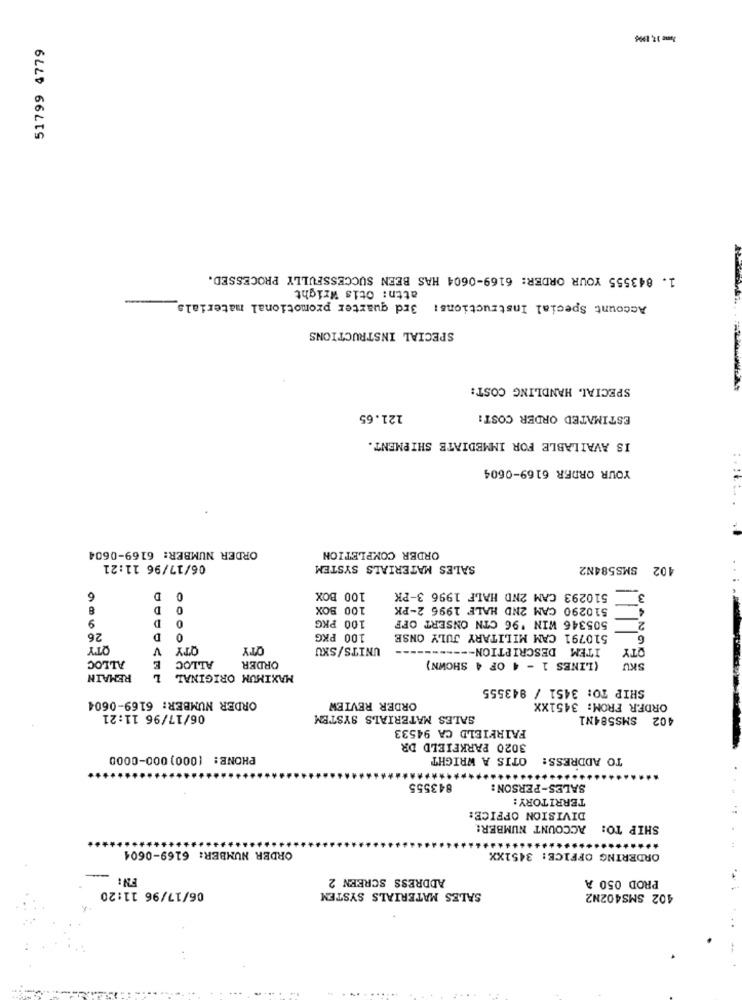
Jens 17, 1996
51799 4779
1. 843555 YOUR ORDER: 6169-0604 HAS BEEN SUCCESSFULLY PROCESSED.
attn: Otis Wright
-
Account Special Instructions: 3rd quarter promotional materials
SPECIAL INSTRUCTIONS
SPECIAL HANDLING COST:
121.65
ESTIMATED ORDER COST:
IS AVAILABLE FOR IMMEDIATE SHIPMENT.
YOUR ORDER 6169-0604
ORDER NUMBER: 6169-0604
ORDER COMPLETION
06/17/96 11:21
SALES MATERIALS SYSTEM
SMS584N2
6
D
0
100 BOX
510293 CAM 2ND HALF 1996 3-PK
3
8
D
100 BOX
510290 CAM 2ND HALF 1996 2-PK
9
D
100 PKG
505346 WIN '96 CTN ONSERT OFF
2
26
D
100 PKG
510791 CAM MILITARY JULY ONSE
6
QTY
V
QTY
QTY
UNITS/SKU
ITEM DESCRIPTION ----
QTY
ALLOC
E
ORDER
(LINES 1 - 4 OF 4 SHOWN)
ALLOC
SKU
REMAIN
MAXIMUM ORIGINAL L
SHIP TO: 3451 / 943555
ORDER NUMBER: 6169-0604
ORDER REVIEW
ORDER FROM: 3451XX
06/17/96 11:21
SALES MATERIALS SYSTEM
402 SMS584N1
FAIRFIELD CA 94533
3020 PARKFIELD DR
PHONE: (000)000-0000
OTIS A WRIGHT
TO ADDRESS:
843555
SALES-PERSON:
TERRITORY:
DIVISION OFFICE:
ACCOUNT NUMBER:
SHIP TO:
ORDER NUMBER: 6169-0604
ORDERING OFFICE: 3451XX
ADDRESS SCREEN 2
PROD 050 A
06/17/96 11:20
SALES MATERIALS SYSTEM
402 SMS402N2